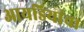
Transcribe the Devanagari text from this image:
आयडियांचा